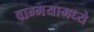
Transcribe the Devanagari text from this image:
वाग्मयामध्ये